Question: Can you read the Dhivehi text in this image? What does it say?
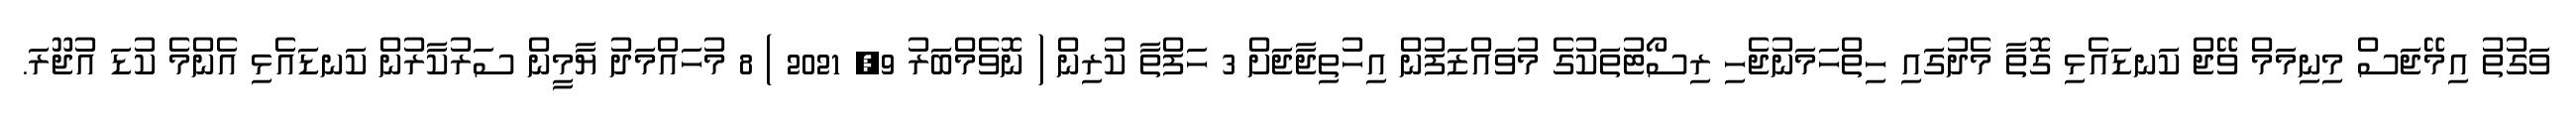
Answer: ވަގުތު އިމޭޖަސް މިނިމަމް ވޭޖް ކަނޑައެޅި ގޮތާ މެދުގައި ހިތްހަމަނުޖެހި ރިސޯޓުތަކުގެ މުވައްޒަފުން އިހުތިޖާޖަށް 3 ހަފްތާ ކުރިން ( ނޮވެމްބަރު 9, 2021 ) 8 މުހައްމަދު ޔާމީން ސަރުކާރުން ކަނޑައެޅި އެންމެ ކުޑަ އުޖޫރަ.